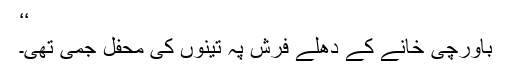
‘‘
باورچی خانے کے دھلے فرش پہ تینوں کی محفل جمی تھی۔